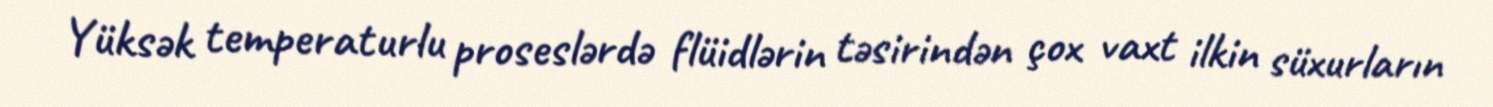
Yüksək temperaturlu proseslərdə flüidlərin təsirindən çox vaxt ilkin süxurların